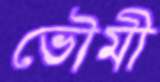
ভৌমী